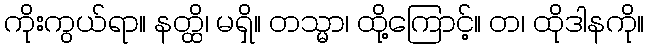
ကိုးကွယ်ရာ။ နတ္ထိ၊ မရှိ။ တသ္မာ၊ ထို့ကြောင့်။ တ၊ ထိုဒါနကို။